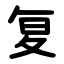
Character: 复